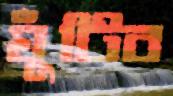
ঘুঁটিব